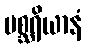
မစ္ဆရိယာနံ